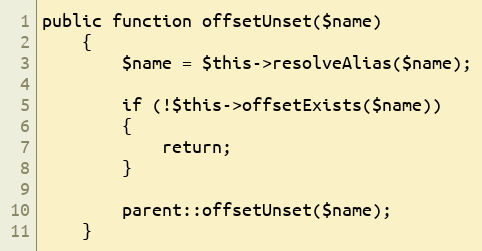
Language: PHP
public function offsetUnset($name)
	{
		$name = $this->resolveAlias($name);

		if (!$this->offsetExists($name))
		{
			return;
		}

		parent::offsetUnset($name);
	}